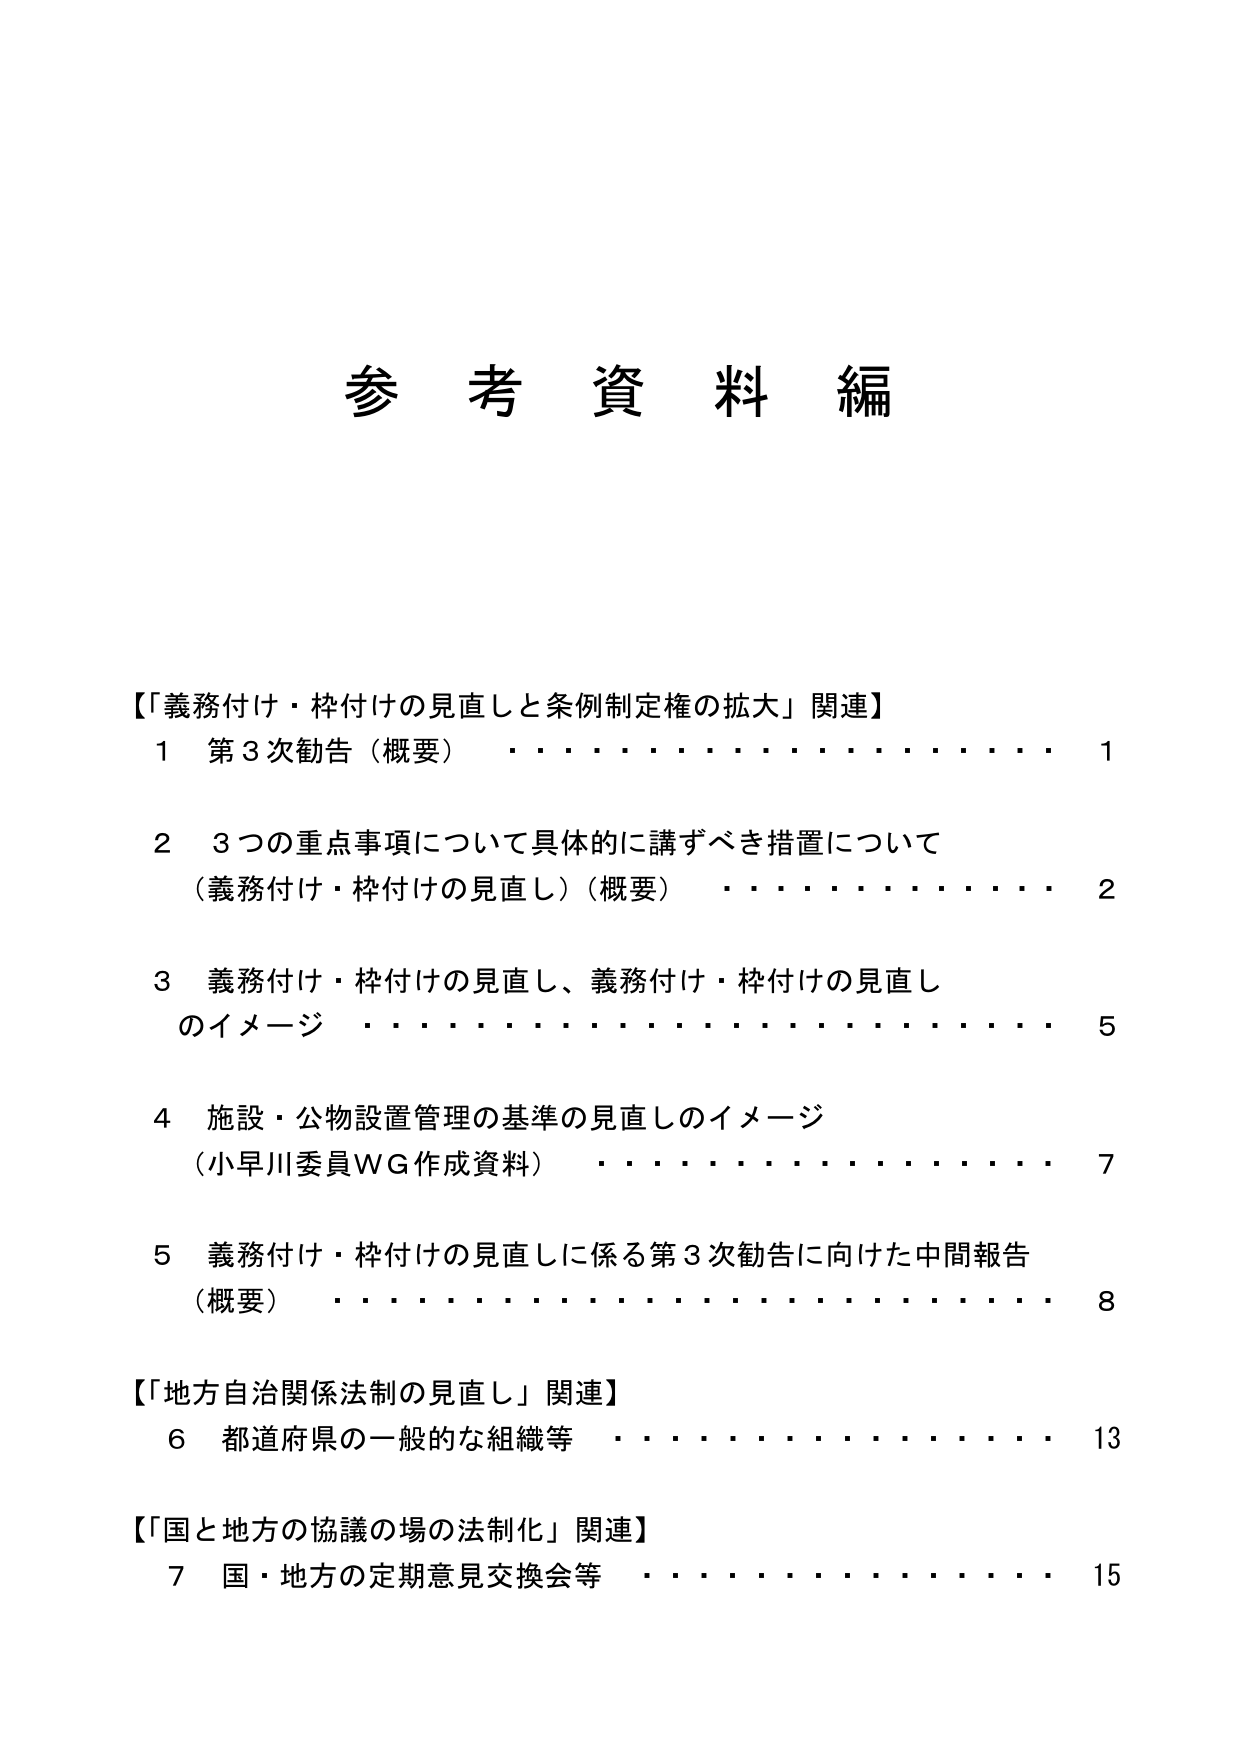
参考資料編

【「義務付け・枠付けの見直しと条例制定権の拡大」関連】
1 第3次勧告（概要） ・・・・・・・・・・・・・・・・・・ 1
2 3つの重点事項について具体的に講ずべき措置について
（義務付け・枠付けの見直し）（概要） ・・・・・・・・・・・・ 2
3 義務付け・枠付けの見直し、義務付け・枠付けの見直し
のイメージ ・・・・・・・・・・・・・・・・・・・・・・ 5
4 施設・公物設置管理の基準の見直しのイメージ
（小早川委員WG作成資料） ・・・・・・・・・・・・・・・・ 7
5 義務付け・枠付けの見直しに係る第3次勧告に向けた中間報告
（概要） ・・・・・・・・・・・・・・・・・・・・・・・・ 8

【「地方自治関係法制の見直し」関連】
6 都道府県の一般的な組織等 ・・・・・・・・・・・・・・・・ 13

【「国と地方の協議の場の法制化」関連】
7 国・地方の定期意見交換会等 ・・・・・・・・・・・・・・・ 15